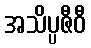
အသိပ္ပဇီဝီ